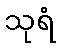
သုရံ